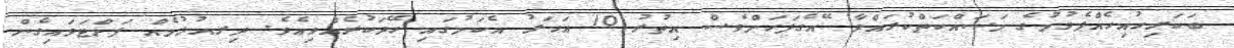
ބަކަރިހުއިހެއްޕެވުމުގެ މަސައްކަތްކުރައްވާ އޭގެފަހަށްވެސް އިތުރު 10 އަހަރު އެކަމުގައި ހޭދަކުރެއްވިއެވެ. ދިރއުޅުމެއް ފަށްޓަވައިގެން